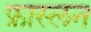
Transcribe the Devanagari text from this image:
फ्रास्लन